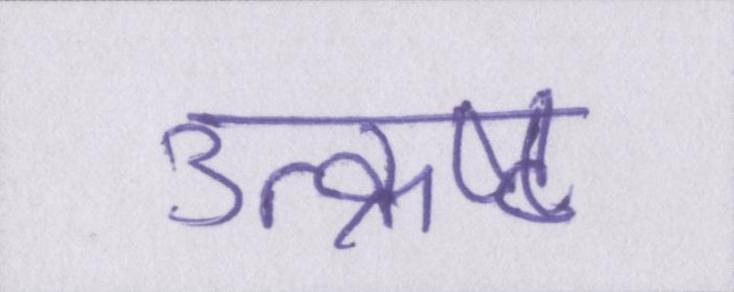
उत्क्रष्ट